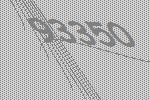
93350